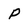
Character: p